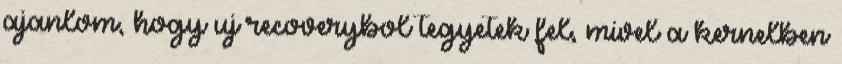
ajanlom, hogy uj recoverybol tegyetek fel, mivel a kernelben